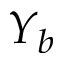
Y _ { b }